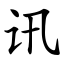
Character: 讯